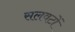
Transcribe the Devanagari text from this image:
सलवटों